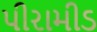
પીરામીડ